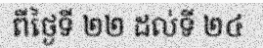
ពីថ្ងៃទី ២២ ដល់ទី ២៤